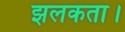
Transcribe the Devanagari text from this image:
झलकता।